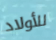
للأولاد